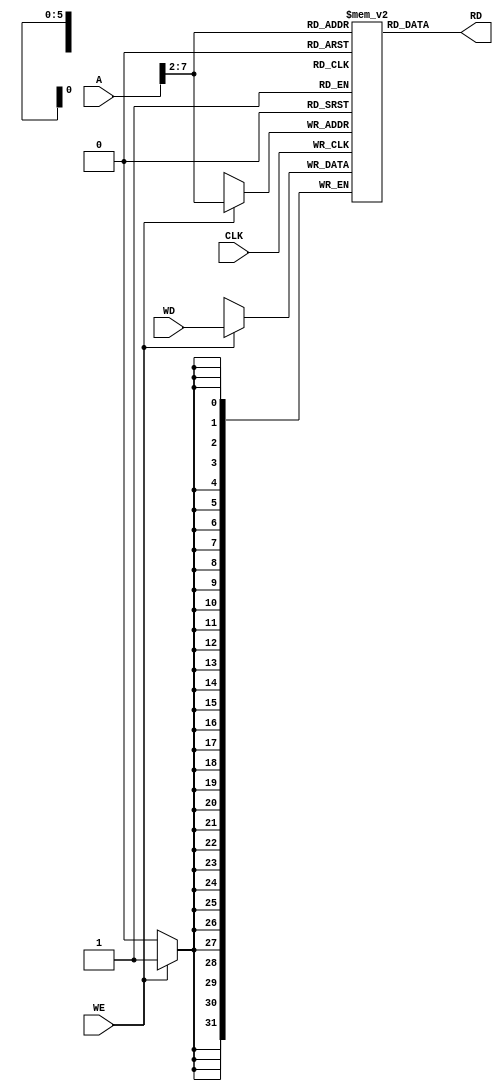
`timescale 1ns / 1ps
//////////////////////////////////////////////////////////////////////////////////
// Company: 
// Engineer: 
// 
// Design Name: 
// Module Name: Data_memory
// Project Name: 
// Target Devices: 
// Tool Versions: 
// Description: 
// 
// Dependencies: 
// 
// Revision:
// Revision 0.01 - File Created
// Additional Comments:
// 
//////////////////////////////////////////////////////////////////////////////////


module Data_memory #(
    parameter Data_Mem_width =32,
    parameter Data_Mem_length =64
)(
    input [Data_Mem_width-1:0] A,
    input [Data_Mem_width-1:0] WD,
    input WE,CLK,
    output reg [Data_Mem_width-1:0]RD

);
    reg[Data_Mem_width-1:0] Data_Mem[0:Data_Mem_length-1];
        always @(posedge CLK ) begin
            if(WE==1)
            Data_Mem[A[Data_Mem_width-1:2]]<=WD;

    end
    
    always @(*) begin
        RD=Data_Mem [A[Data_Mem_width-1:2]] ;
    end

endmodule

// NO need to else in comabainational always as it does not have enable signal